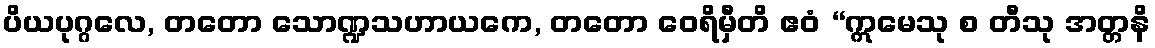
ပိယပုဂ္ဂလေ, တတော သောဏ္ဍသဟာယကေ, တတော ဝေရိမှီတိ ဧဝံ “ဣမေသု စ တီသု အတ္တနိ